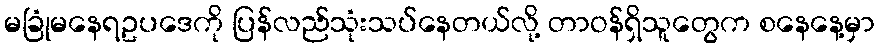
မခြုံမနေရဥပဒေကို ပြန်လည်သုံးသပ်နေတယ်လို့ တာဝန်ရှိသူတွေက စနေနေ့မှာ